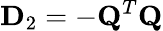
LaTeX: \mathbf{D}_{2}=-\mathbf{Q}^{T}\mathbf{Q}